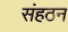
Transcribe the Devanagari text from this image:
संहठन